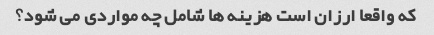
که واقعا ارزان است هزینه ها شامل چه مواردی می شود؟